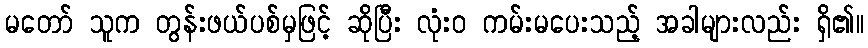
မတော် သူက တွန်းဖယ်ပစ်မှဖြင့် ဆိုပြီး လုံးဝ ကမ်းမပေးသည့် အခါများလည်း ရှိ၏။